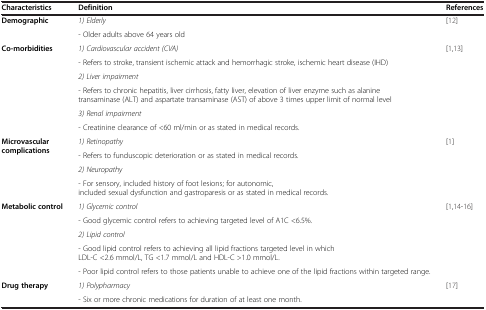
| Characteristics | Definition | References |
 | --- | --- | --- |
 | <ROWSPAN=2> Demographic | 1) Elderly | <ROWSPAN=2> [12] |
 | - Older adults above 64 years old |
 | <ROWSPAN=6> Co-morbidities | 1) Cardiovascular accident (CVA) | <ROWSPAN=6> [1,13] |
 | - Refers to stroke, transient ischemic attack and hemorrhagic stroke, ischemic heart disease (IHD) |
 | 2) Liver impairment |
 | - Refers to chronic hepatitis, liver cirrhosis, fatty liver, elevation of liver enzyme such as alanine transaminase (ALT) and aspartate transaminase (AST) of above 3 times upper limit of normal level |
 | 3) Renal impairment |
 | - Creatinine clearance of <60 ml/min or as stated in medical records. |
 | <ROWSPAN=4> Microvascular complications | 1) Retinopathy | <ROWSPAN=4> [1] |
 | - Refers to funduscopic deterioration or as stated in medical records. |
 | 2) Neuropathy |
 | - For sensory, included history of foot lesions; for autonomic, included sexual dysfunction and gastroparesis or as stated in medical records. |
 | <ROWSPAN=5> Metabolic control | 1) Glycemic control | <ROWSPAN=5> [1,14-16] |
 | - Good glycemic control refers to achieving targeted level of A1C <6.5%. |
 | 2) Lipid control |
 | - Good lipid control refers to achieving all lipid fractions targeted level in which LDL-C <2.6 mmol/L, TG <1.7 mmol/L and HDL-C >1.0 mmol/L. |
 | - Poor lipid control refers to those patients unable to achieve one of the lipid fractions within targeted range. |
 | Drug therapy | 1) Polypharmacy | [17] |
 |  | - Six or more chronic medications for duration of at least one month. |  |